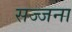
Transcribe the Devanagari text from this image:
सज्जना